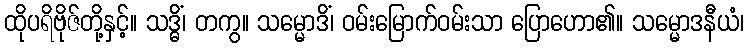
ထိုပရိဗိုဇ်တို့နှင့်။ သဒ္ဓိံ၊ တကွ။ သမ္မောဒိံ၊ ဝမ်းမြောက်ဝမ်းသာ ပြောဟော၏။ သမ္မောဒနီယံ၊